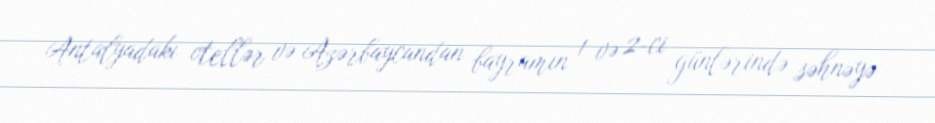
Antalyadakı otellər və Azərbaycandan bayramın 1 və 2-ci günlərində səhnəyə